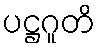
ပဋ္ဌဂူတိ